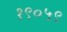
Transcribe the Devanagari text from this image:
१९०५९